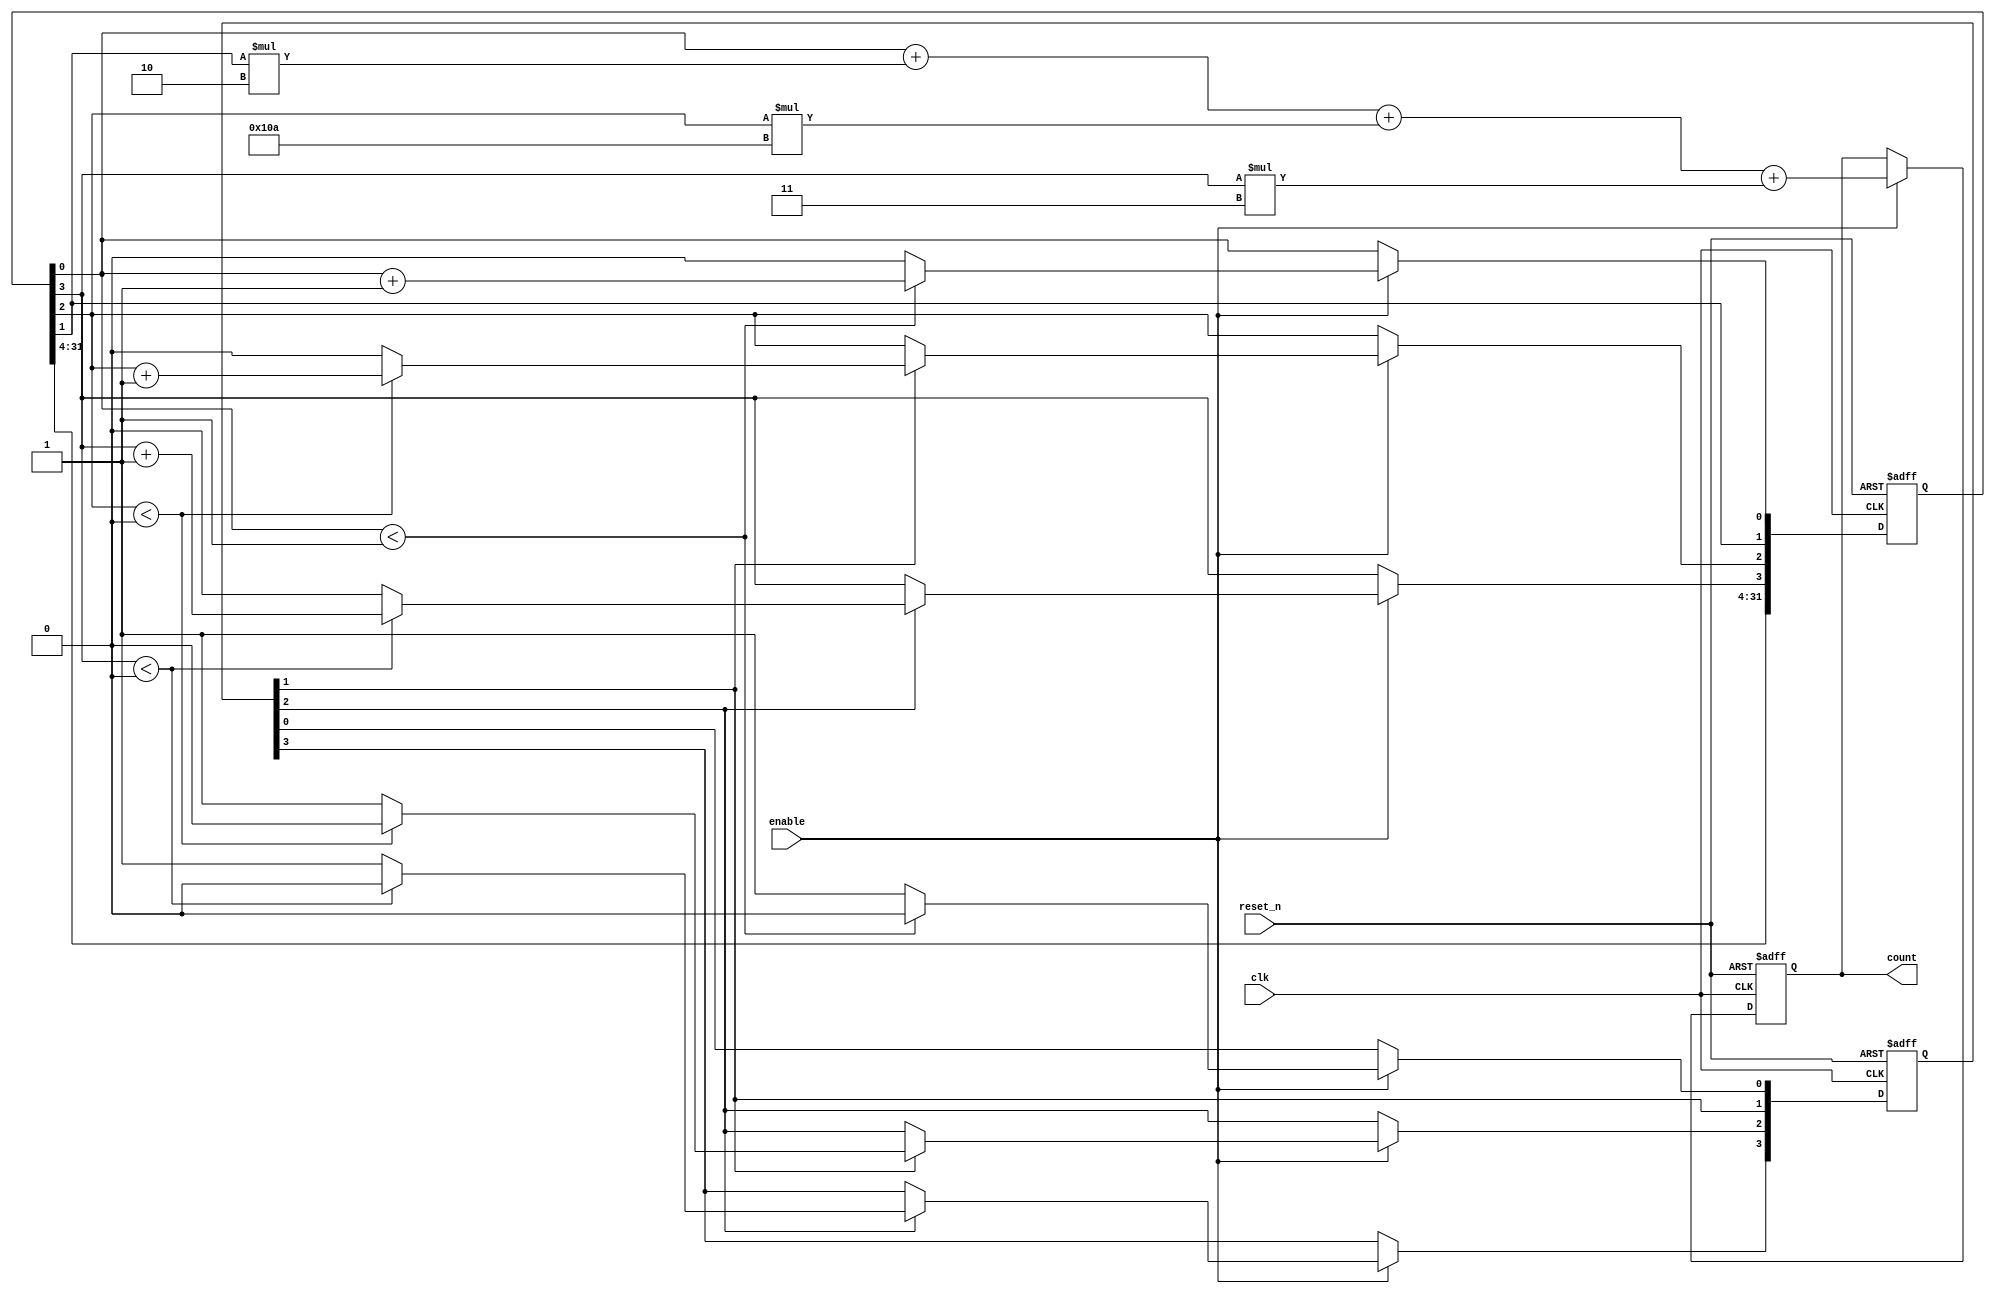
module mixed_radix_counter #(
    parameter NUM_STAGES = 4,              // Number of counter stages
    parameter [NUM_STAGES*8-1:0] RADIX = {8'd2, 8'd3, 8'd10, 8'd2},  // Radix values for each stage
    parameter [NUM_STAGES*8-1:0] MAX_COUNT = {8'd1, 8'd2, 8'd9, 8'd1} // Maximum counts for each stage
)(
    input wire clk,                         // Clock signal
    input wire reset_n,                     // Active low reset signal
    input wire enable,                      // Enable counting
    output reg [NUM_STAGES-1:0] count      // Counter output
);
    reg [NUM_STAGES-1:0] carry;            // Carry for overflow handling
    reg [NUM_STAGES*8-1:0] stage_count;    // Internal stage counters

    integer i;

    // Initialize stage counters and carry on reset
    always @(posedge clk or negedge reset_n) begin
        if (!reset_n) begin
            stage_count <= {NUM_STAGES{8'b0}}; // Reset all stage counts to 0
            carry <= 0;                        // Clear carry
            count <= 0;                        // Reset final count output
        end else if (enable) begin
            // Manage each stage's counting
            carry[0] = 0; // Clear carry for current stage
            for (i = 0; i < NUM_STAGES; i = i + 1) begin
                if (i == 0) begin
                    // First stage counting
                    if (stage_count[i] < MAX_COUNT[i]) begin
                        stage_count[i] <= stage_count[i] + 1;
                    end else begin
                        stage_count[i] <= 0;
                        carry[i] <= 1; // Trigger carry to next stage
                    end
                end else begin
                    // Subsequent stages counting based on previous carry
                    if (carry[i-1]) begin
                        if (stage_count[i] < MAX_COUNT[i]) begin
                            stage_count[i] <= stage_count[i] + 1;
                            carry[i] <= 0; // Clear carry for this stage
                        end else begin
                            stage_count[i] <= 0;
                            carry[i] <= 1; // Trigger carry to next stage
                        end
                    end
                end
            end

            // Update final count output from stage counters
            count <= stage_count[0] + (stage_count[1] * RADIX[8:0]) + 
                      (stage_count[2] * RADIX[16:8]) + 
                      (stage_count[3] * RADIX[24:16]);
        end
    end
endmodule